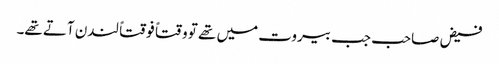
فیض صاحب جب بیروت میں تھے تو وقتاً فوقتاً لندن آتے تھے۔